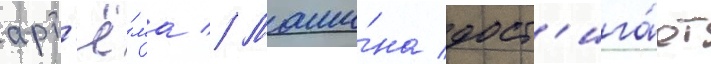
арт'ё́ма // Маши́на дост'ига́ет